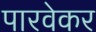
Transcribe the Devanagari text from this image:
पारवेकर